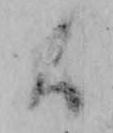
候